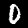
Label: 0